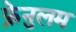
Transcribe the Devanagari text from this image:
फ्रेनुलम